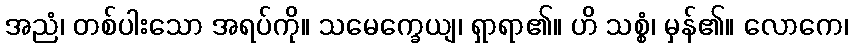
အညံ၊ တစ်ပါးသော အရပ်ကို။ သမေက္ခေယျ၊ ရှာရာ၏။ ဟိ သစ္စံ၊ မှန်၏။ လောကေ၊